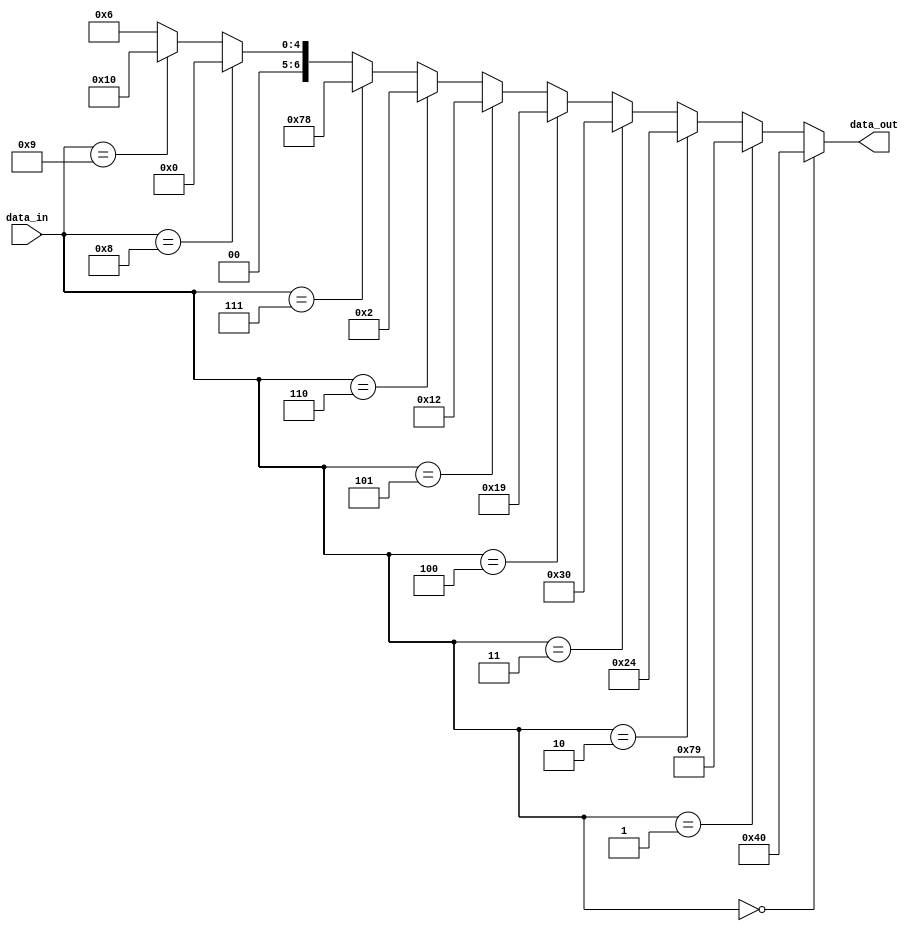
module bcd_2_7seg (data_in, data_out);

	input [3:0]data_in;
	output [6:0]data_out;
								//secuence :a-b-c-d-e-f-g-h  // pin plan to (MSB)HEX[0]-HEX[1]-HEX[2]-HEX[3]-HEX[4]-HEX[5]-HEX[6]-HEX[7](LSB)
	assign data_out = 	
						(data_in == 4'b0000)? 7'b1000000:	//0 segments 
						(data_in == 4'b0001)? 7'b1111001:	//1 segments 
						(data_in == 4'b0010)? 7'b0100100:	//2 segments 
						(data_in == 4'b0011)? 7'b0110000:	//3 segments 
						(data_in == 4'b0100)? 7'b0011001:	//4 segments 
						(data_in == 4'b0101)? 7'b0010010:	//5 segments 
						(data_in == 4'b0110)? 7'b0000010:	//6 segments 
						(data_in == 4'b0111)? 7'b1111000:	//7 segments 
						(data_in == 4'b1000)? 7'b0000000:	//8 segments 
						(data_in == 4'b1001)? 7'b0010000:	//9 segments 
						7'b0000110;
endmodule